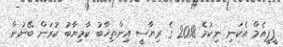
ޕީޕީއެމް އެކަނި ނިކުމެ 2018 ގެ ރިޔާސީ އިންތިޚާބު ކާމިޔާބު ކުރަން ބޭނުން